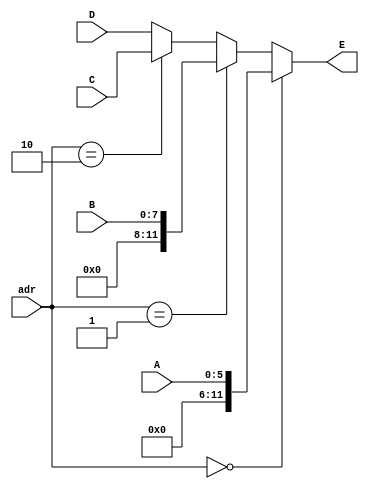
module MUX_dat(
input [5:0] A, output wire [11:0] E,
input [7:0] B,
input [11:0] C,
input [11:0] D,
input [1:0] adr );
assign E =(adr==0)? {10'h000,A} :
(adr==1)? {4'h0,B} :
(adr==2)? C : D ;
endmodule